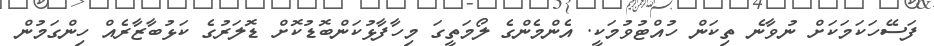
ފަސޭހަކަމަކަށް ނުވާނެ ތިކަން ހުއްޓުވުމަކީ. އެންމެންގެ ލޯމަތީގަ މިހާފާޅުކަންބޮޑުކޮށް ޑޮަލަރުގެ ކަޅުބާޒާރެއް ހިންގަމުން